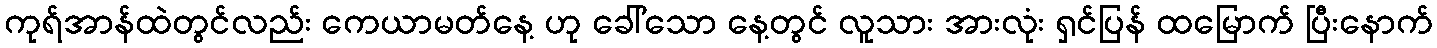
ကုရ်အာန်ထဲတွင်လည်း ကေယာမတ်နေ့ ဟု ခေါ်သော နေ့တွင် လူသား အားလုံး ရှင်ပြန် ထမြောက် ပြီးနောက်